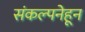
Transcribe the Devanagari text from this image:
संकल्पनेहून